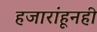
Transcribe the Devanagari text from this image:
हजारांहूनही